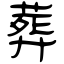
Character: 葬